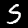
Digit: 5